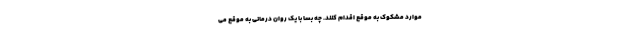
موارد مشکوک به موقع اقدام کنند. چه بسا با یک روان درمانی به موقع می